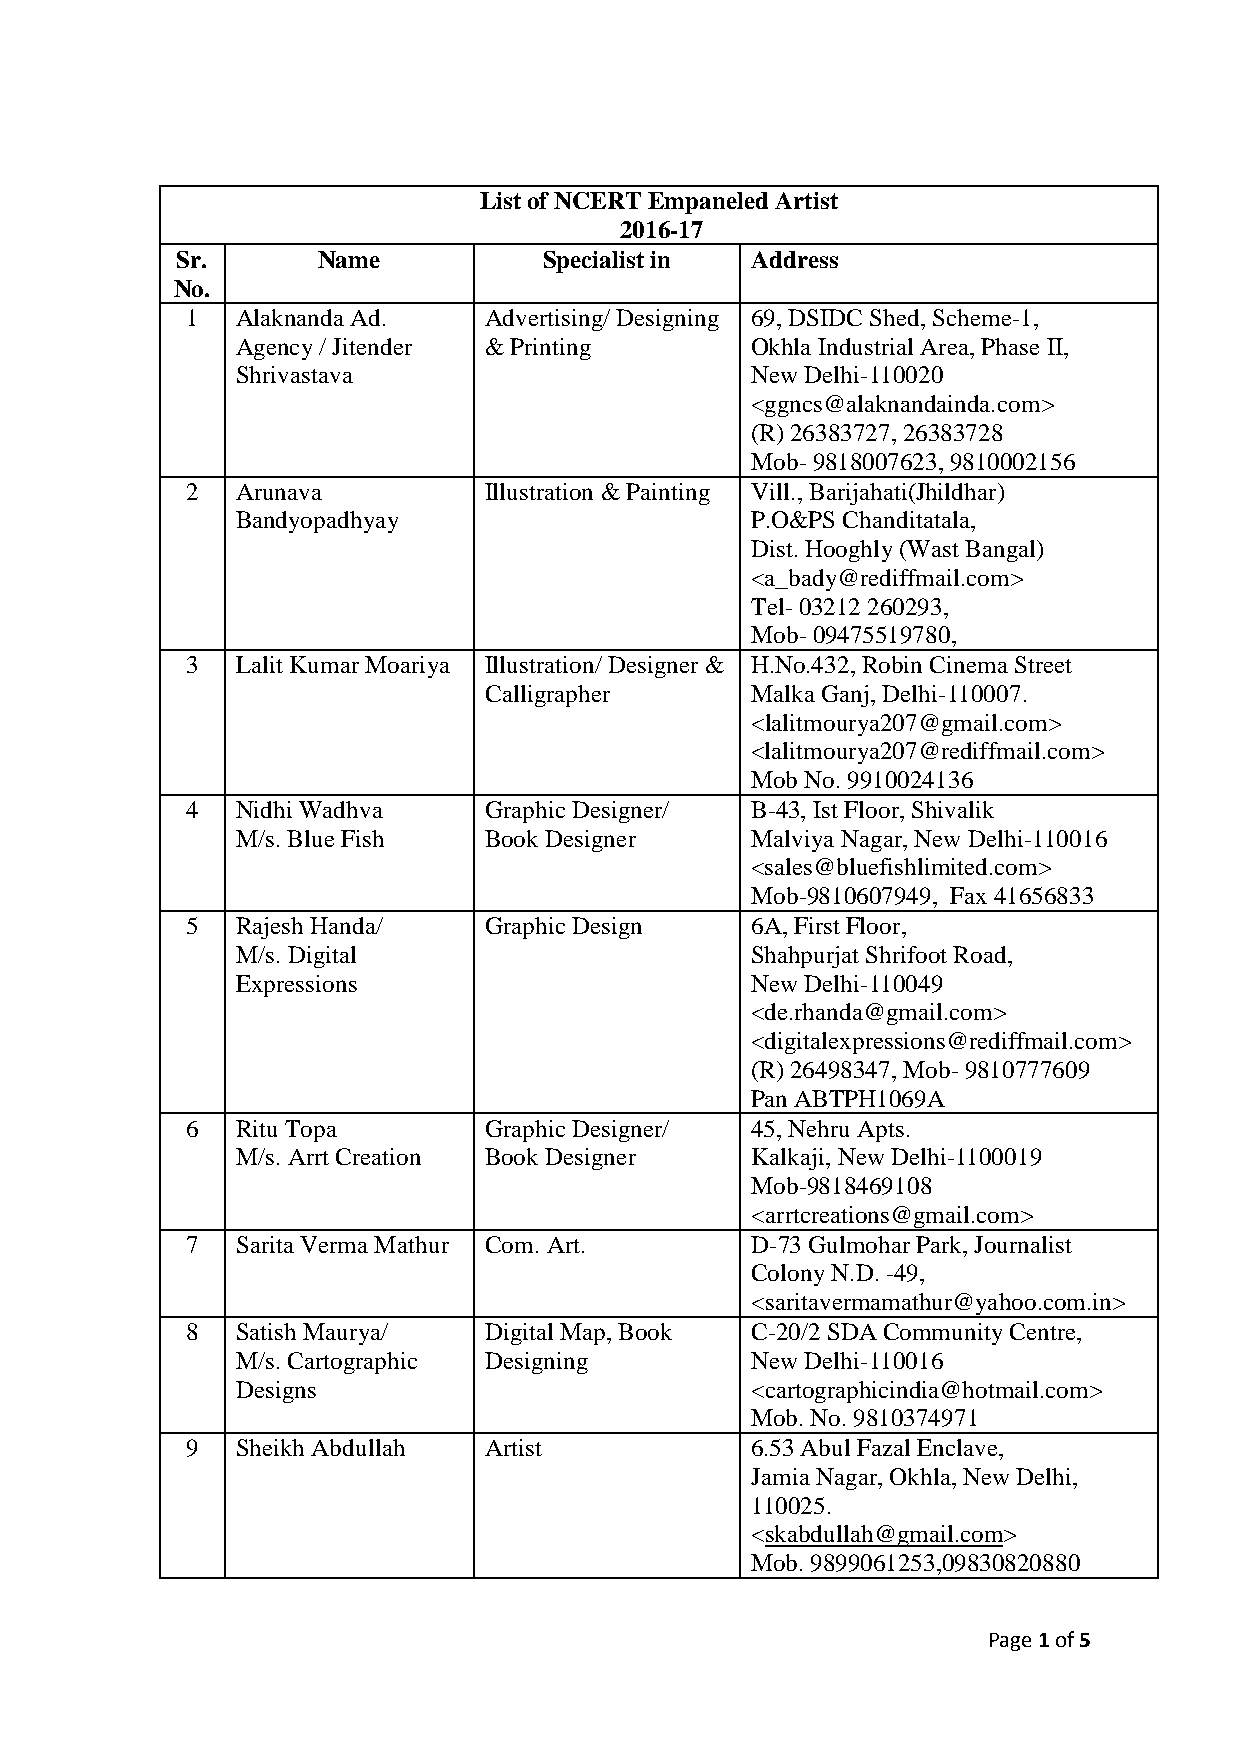
List of NCERT Empaneled Artist
 2016-17
 Sr.      Name           Specialist in Address
 No.
 1   Alaknanda Ad.   Advertising/ Designing 69, DSIDC Shed, Scheme-1,
 Agency / Jitender & Printing      Okhla Industrial Area, Phase II,
 Shrivastava                       New Delhi-110020
 <ggncs@alaknandainda.com>
 (R) 26383727, 26383728
 Mob- 9818007623, 9810002156
 2   Arunava         Illustration & Painting Vill., Barijahati(Jhildhar)
 Bandyopadhyay                     P.O&PS Chanditatala,
 Dist. Hooghly (Wast Bangal)
 <a_bady@rediffmail.com>
 Tel- 03212 260293,
 Mob- 09475519780,
 3   Lalit Kumar Moariya Illustration/ Designer & H.No.432, Robin Cinema Street
 Calligrapher      Malka Ganj, Delhi-110007.
 <lalitmourya207@gmail.com>
 <lalitmourya207@rediffmail.com>
 Mob No. 9910024136
 4   Nidhi Wadhva    Graphic Designer/ B-43, Ist Floor, Shivalik
 M/s. Blue Fish  Book Designer     Malviya Nagar, New Delhi-110016
 <sales@bluefishlimited.com>
 Mob-9810607949, Fax 41656833
 5   Rajesh Handa/   Graphic Design    6A, First Floor,
 M/s. Digital                      Shahpurjat Shrifoot Road,
 Expressions                       New Delhi-110049
 <de.rhanda@gmail.com>
 <digitalexpressions@rediffmail.com>
 (R) 26498347, Mob- 9810777609
 Pan ABTPH1069A
 6   Ritu Topa       Graphic Designer/ 45, Nehru Apts.
 M/s. Arrt Creation Book Designer  Kalkaji, New Delhi-1100019
 Mob-9818469108
 <arrtcreations@gmail.com>
 7   Sarita Verma Mathur Com. Art.     D-73 Gulmohar Park, Journalist
 Colony N.D. -49,
 <saritavermamathur@yahoo.com.in>
 8   Satish Maurya/  Digital Map, Book C-20/2 SDA Community Centre,
 M/s. Cartographic Designing       New Delhi-110016
 Designs                           <cartographicindia@hotmail.com>
 Mob. No. 9810374971
 9   Sheikh Abdullah Artist            6.53 Abul Fazal Enclave,
 Jamia Nagar, Okhla, New Delhi,
 110025.
 <skabdullah@gmail.com>
 Mob. 9899061253,09830820880
 Page 1 of 5